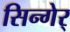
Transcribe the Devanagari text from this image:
सिन्गेर्